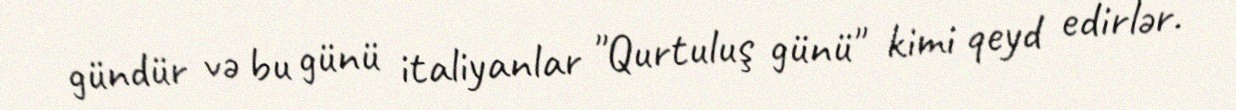
gündür və bu günü italiyanlar "Qurtuluş günü" kimi qeyd edirlər.